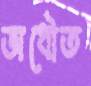
অধৌত